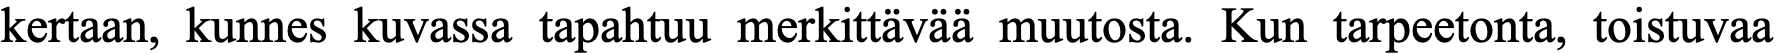
kertaan, kunnes kuvassa tapahtuu merkittävää muutosta. Kun tarpeetonta, toistuvaa